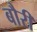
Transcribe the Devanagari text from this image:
बौरी